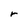
Character: r